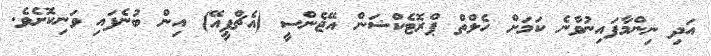
އަދި ނިންމާފައިނުވާނެ ކަމަށް ހެލްތް ޕްރޮޓެކްޝަން އޭޖެންސީ (އެޗްޕީއޭ) އިން ބުނެފައި ވަނިކޮށެވެ.